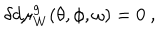
\delta d \mu _ { W } ^ { g } ( \theta , \phi , \omega ) = 0 \ ,